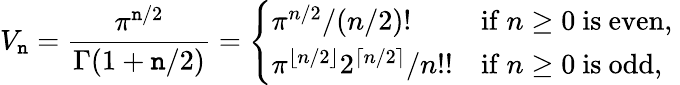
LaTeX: V_{\mathtt{n}}={\frac{{\pi^{\mathtt{n}/2}}}{{\Gamma(1+\mathtt{n}/2)}}}={\left\{ \begin{array}{ll}{{\pi^{n/2}}/{(n/2)!}}&{\mathrm{if~}n\geq 0\mathrm{~is~even,}\ }\\ {{\pi^{\lfloor n/2\rfloor}2^{\lceil n/2\rceil}}/{n!!}}&{\mathrm{if~}n\geq 0\mathrm{~is~odd,}}\end{array}\right.}